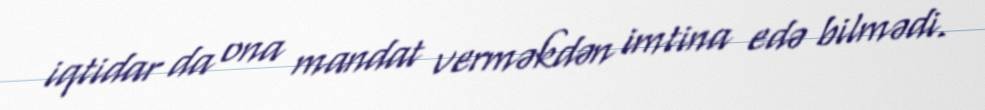
iqtidar da ona mandat verməkdən imtina edə bilmədi.